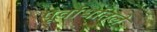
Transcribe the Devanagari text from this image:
पूर्वार्धातले